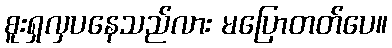
စူးရှလှပနေသည်လား မပြောတတ်ပေ။